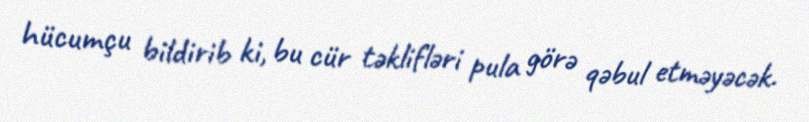
hücumçu bildirib ki, bu cür təklifləri pula görə qəbul etməyəcək.